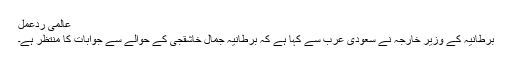
عالمی ردِعمل
برطانیہ کے وزیرِ خارجہ نے سعودی عرب سے کہا ہے کہ برطانیہ جمال خاشقجی کے حوالے سے جوابات کا منتظر ہے۔